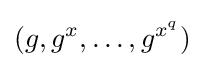
(g,g^{x},\dots ,g^{x^{q}})